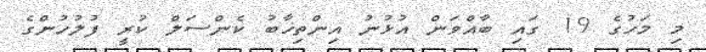
މި މަހުގެ 19 ގައި ބާއްވަން އުޅުނު އިންތިޚާބު ކެންސަލް ކުރީ ފުލުހުންގެ